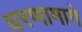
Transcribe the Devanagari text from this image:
धरणामागे